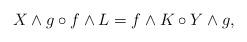
LaTeX: \begin{align*}X\land g\circ f\land L=f\land K\circ Y\land g,\end{align*}